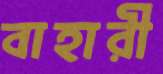
বাহারী